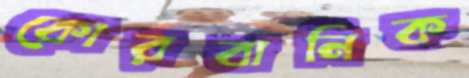
কোরবানিক